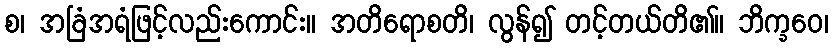
စ၊ အခြံအရံဖြင့်လည်းကောင်း။ အတိရောစတိ၊ လွန်၍ တင့်တယ်တိ၏။ ဘိက္ခဝေ၊